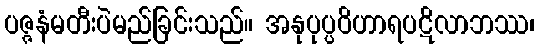
ပဇ္ဇနံမတီးပဲမည်ခြင်းသည်။ အနုပုပ္ပဝိဟာရပဋိလာဘဿ၊